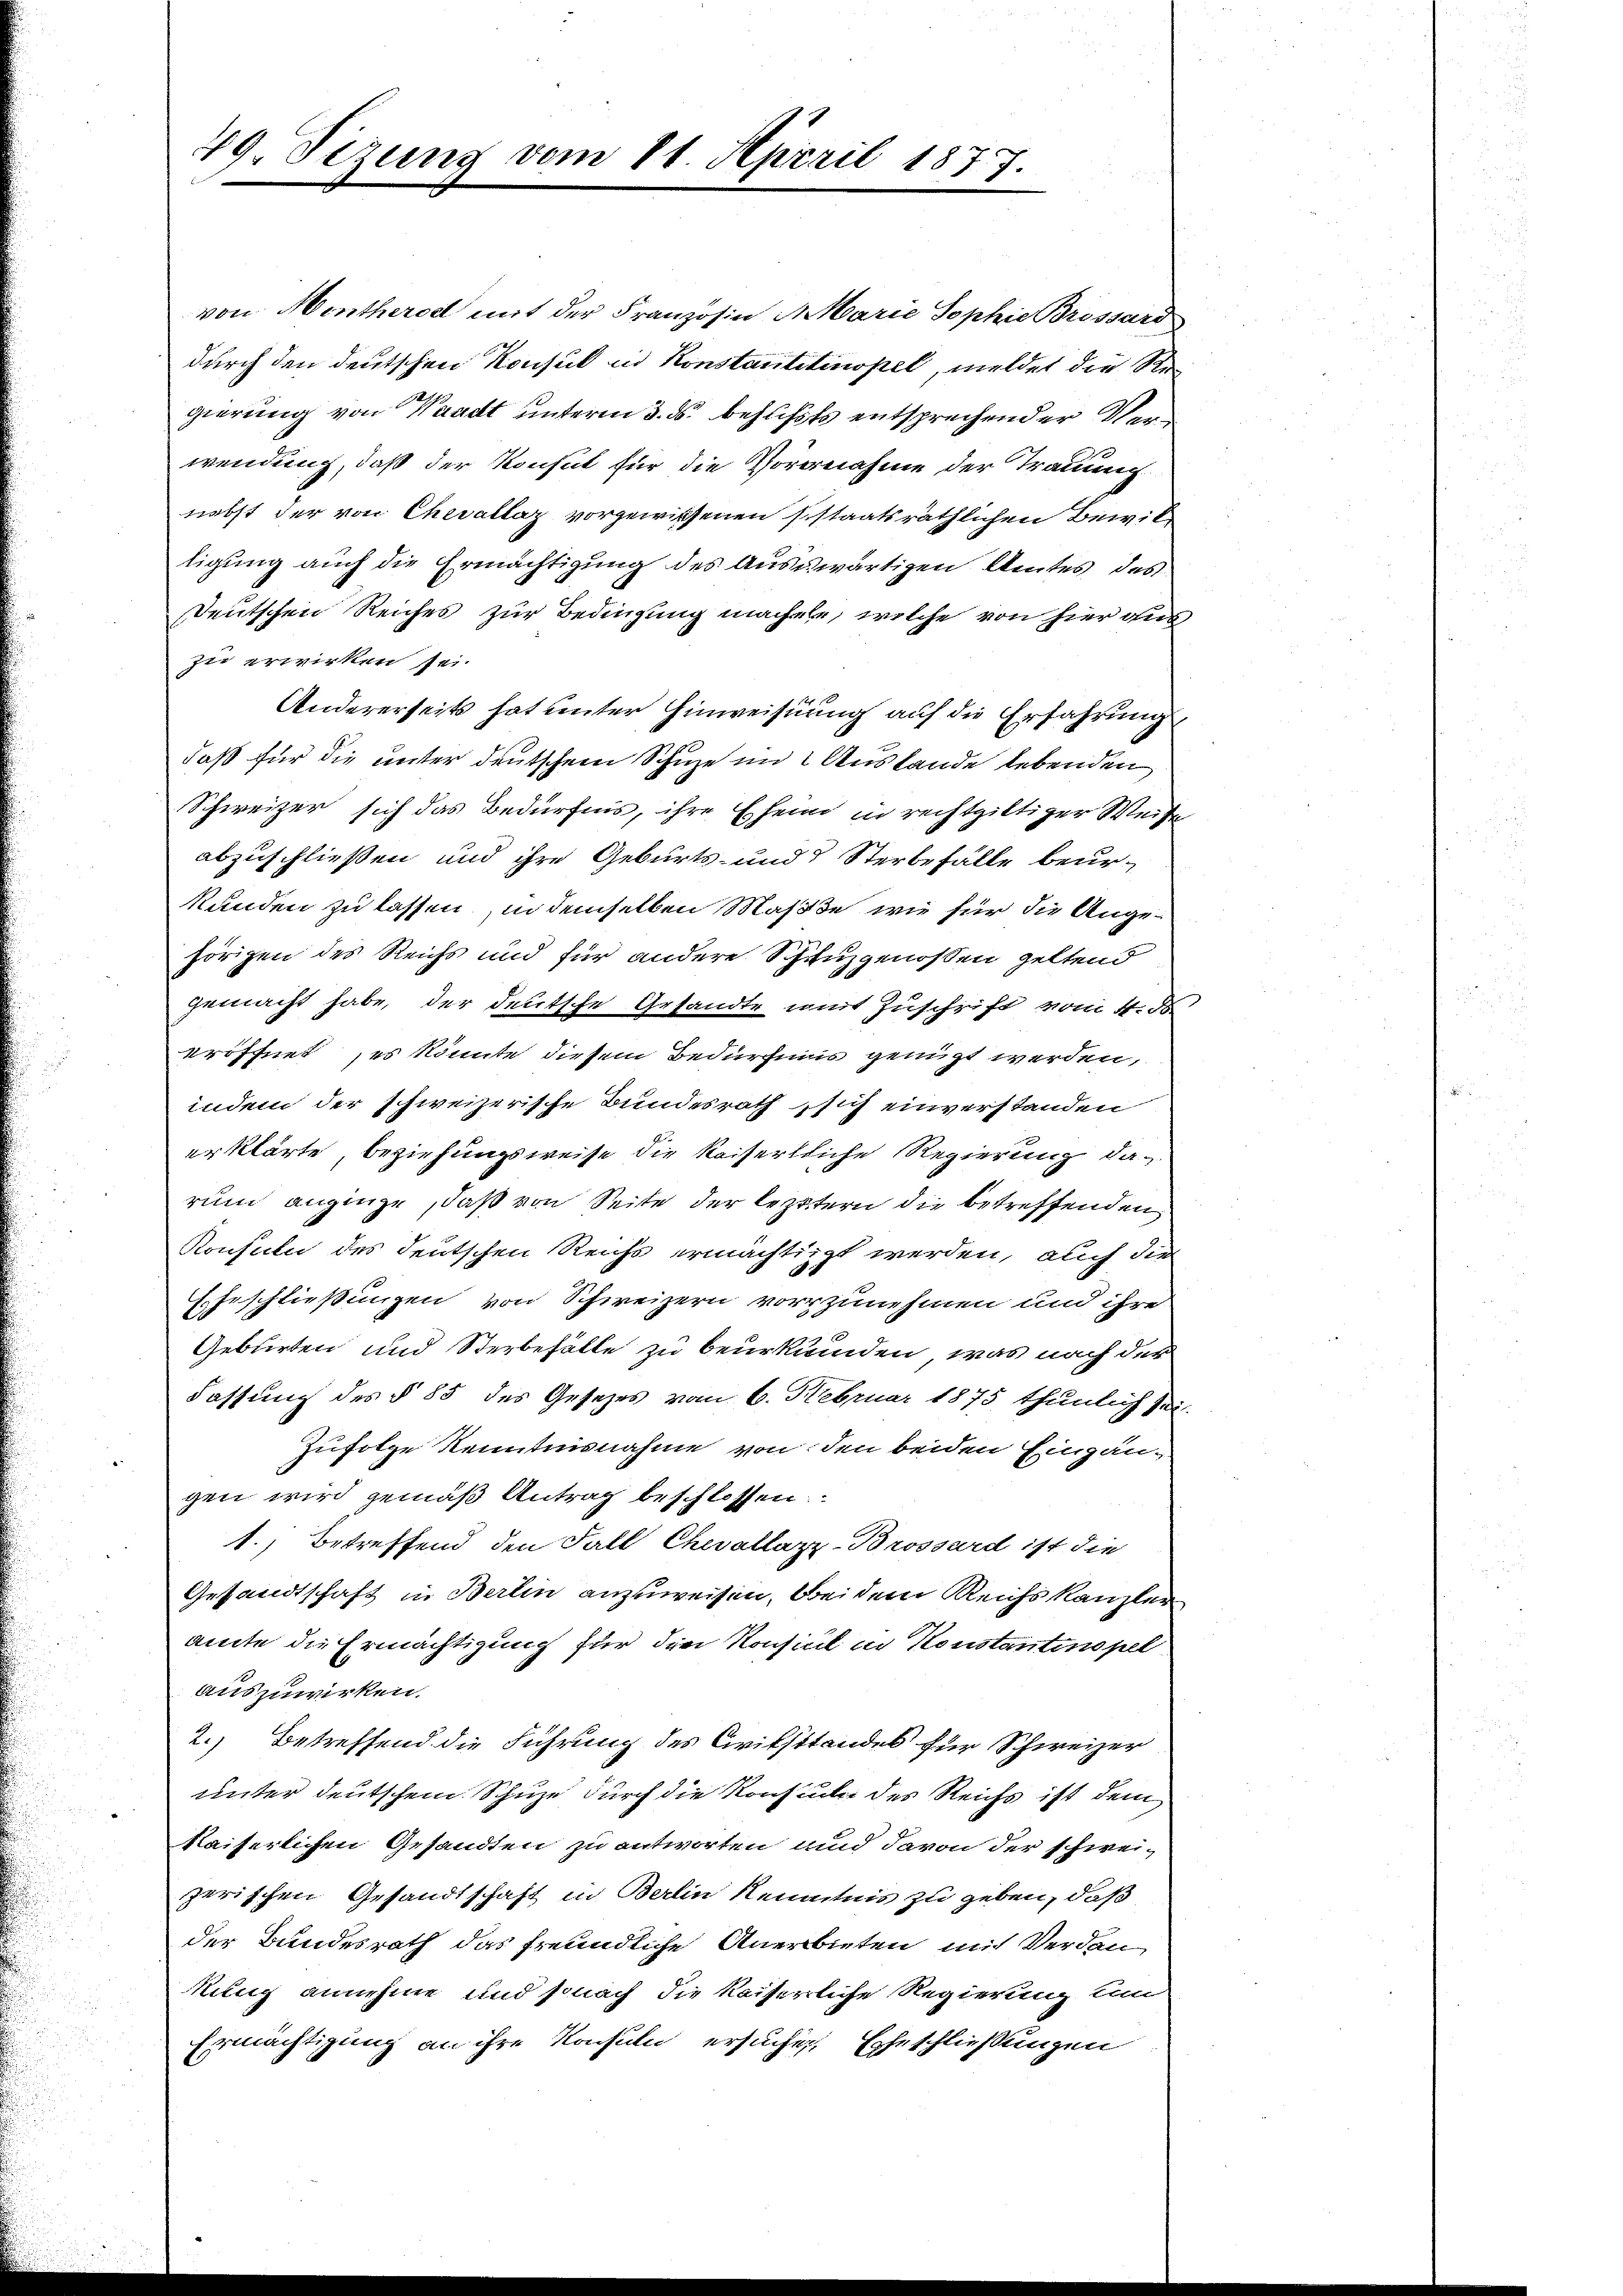
von Mentherod mit der Franzosen Marie Sophie Brossard
durch den deutschen Konsul in Konstantetinopel, meldet die Regierung von Waadt unterm 3. ds. behufs entsprechender Verwendung, daß der Konsul für die Vornahme der Trauung
nebst der von Chevallaz vorgewissenen sistaatsräthlichen Bewiltigung auch die Ermächtigung des Auswärtigen Amtes des
Deutschen Reiches zur Bedingung macheln, welche von hier aus
zu erwirken sei.
Andererseits hat unter Hinweisung auf die Erfahrung,
daß für die unter deutschen Schuze im Auslande lebenden
Schweizer sich das Bedürfnis, ihre Ehen in rechtgiltiger Weise
abzuschließen und ihre Geburts- und 5 Sterbefälle beur¬
Stunden zu lassen, in demselben Maße, wie für die Angehörigen des Reichs und für andere Schruzgenossen geltend
gemacht habe, der deutsche Gesandte mit Zuschrift vom 4. d
eröffnet, es könnte diesem Bedürfnis genügt werden,
indem der schweizerische Bundesrath sich einverstanden
erklärte, beziehungsweise die Kaiserliche Regierung darum anginge, daß von Seite der leztern die betreffenden
Konsuln des deutschen Reichs ermächtigt werden, auch die
Eheschließungen von Schweizern vorzunehmen und ihre
Geblirten und Sterbefälle zu beurkunden, was nach der
Fassung des § 85 des Gesetzes vom 6. Februar 1875 thunlich sei.
Zufolge Kenntnisnahme von den beiden Einzäu-
gen wird gemäß Antrag beschlossen:
1.) Betreffend den Fall Chevallazz-Brossard ist die
Gesandtschaft in Berlin anzuweisen, bei dem Reichs kanzler
amte die Ermächtigung für die Konsul in Konstantinopel
auszuwirken.
2.) Betreffend die Führung des Critsstandes für Schweizer
unter deutschem Schuze durch die Konsuln des Reichs ist dem
kaiserlichen Gesandten zu antworten und davon der schweizerischen Gesandtschaft in Berlin kenntnis zu geben, daß
der Bundesrath das freundliche Anerbieten mit Verdankung annehme und sonach die kaiserliche Regierung um
Ermächtigung an ihre Konsuln ersuchen Eheschließungen

29. Sezung vom 11. April 1877.